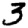
Digit: 3